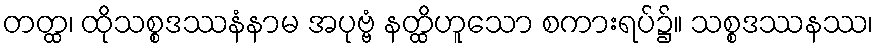
တတ္ထ၊ ထိုသစ္စဒဿနံနာမ အပုဗ္ဗံ နတ္ထိဟူသော စကားရပ်၌။ သစ္စဒဿနဿ၊